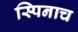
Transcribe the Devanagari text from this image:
स्पिनाच